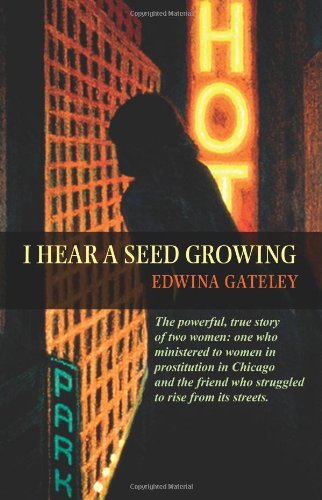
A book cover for I Hear a Seed Growing: God of the Forest, God of the Streets; Edwina Gateley; Biographies & Memoirs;